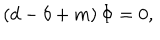
\left( d - \delta + m \right) \Phi = 0 ,